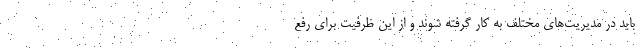
باید در مدیریت‌های مختلف به کار گرفته شوند و از این ظرفیت برای رفع